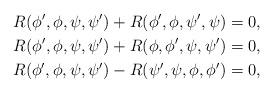
LaTeX: \begin{align*} R(\phi',\phi,\psi,\psi') + R(\phi',\phi,\psi',\psi) & = 0, \\ R(\phi',\phi,\psi,\psi') + R(\phi,\phi',\psi,\psi') & = 0, \\ R(\phi',\phi,\psi,\psi') - R(\psi',\psi,\phi,\phi') & = 0, \end{align*}